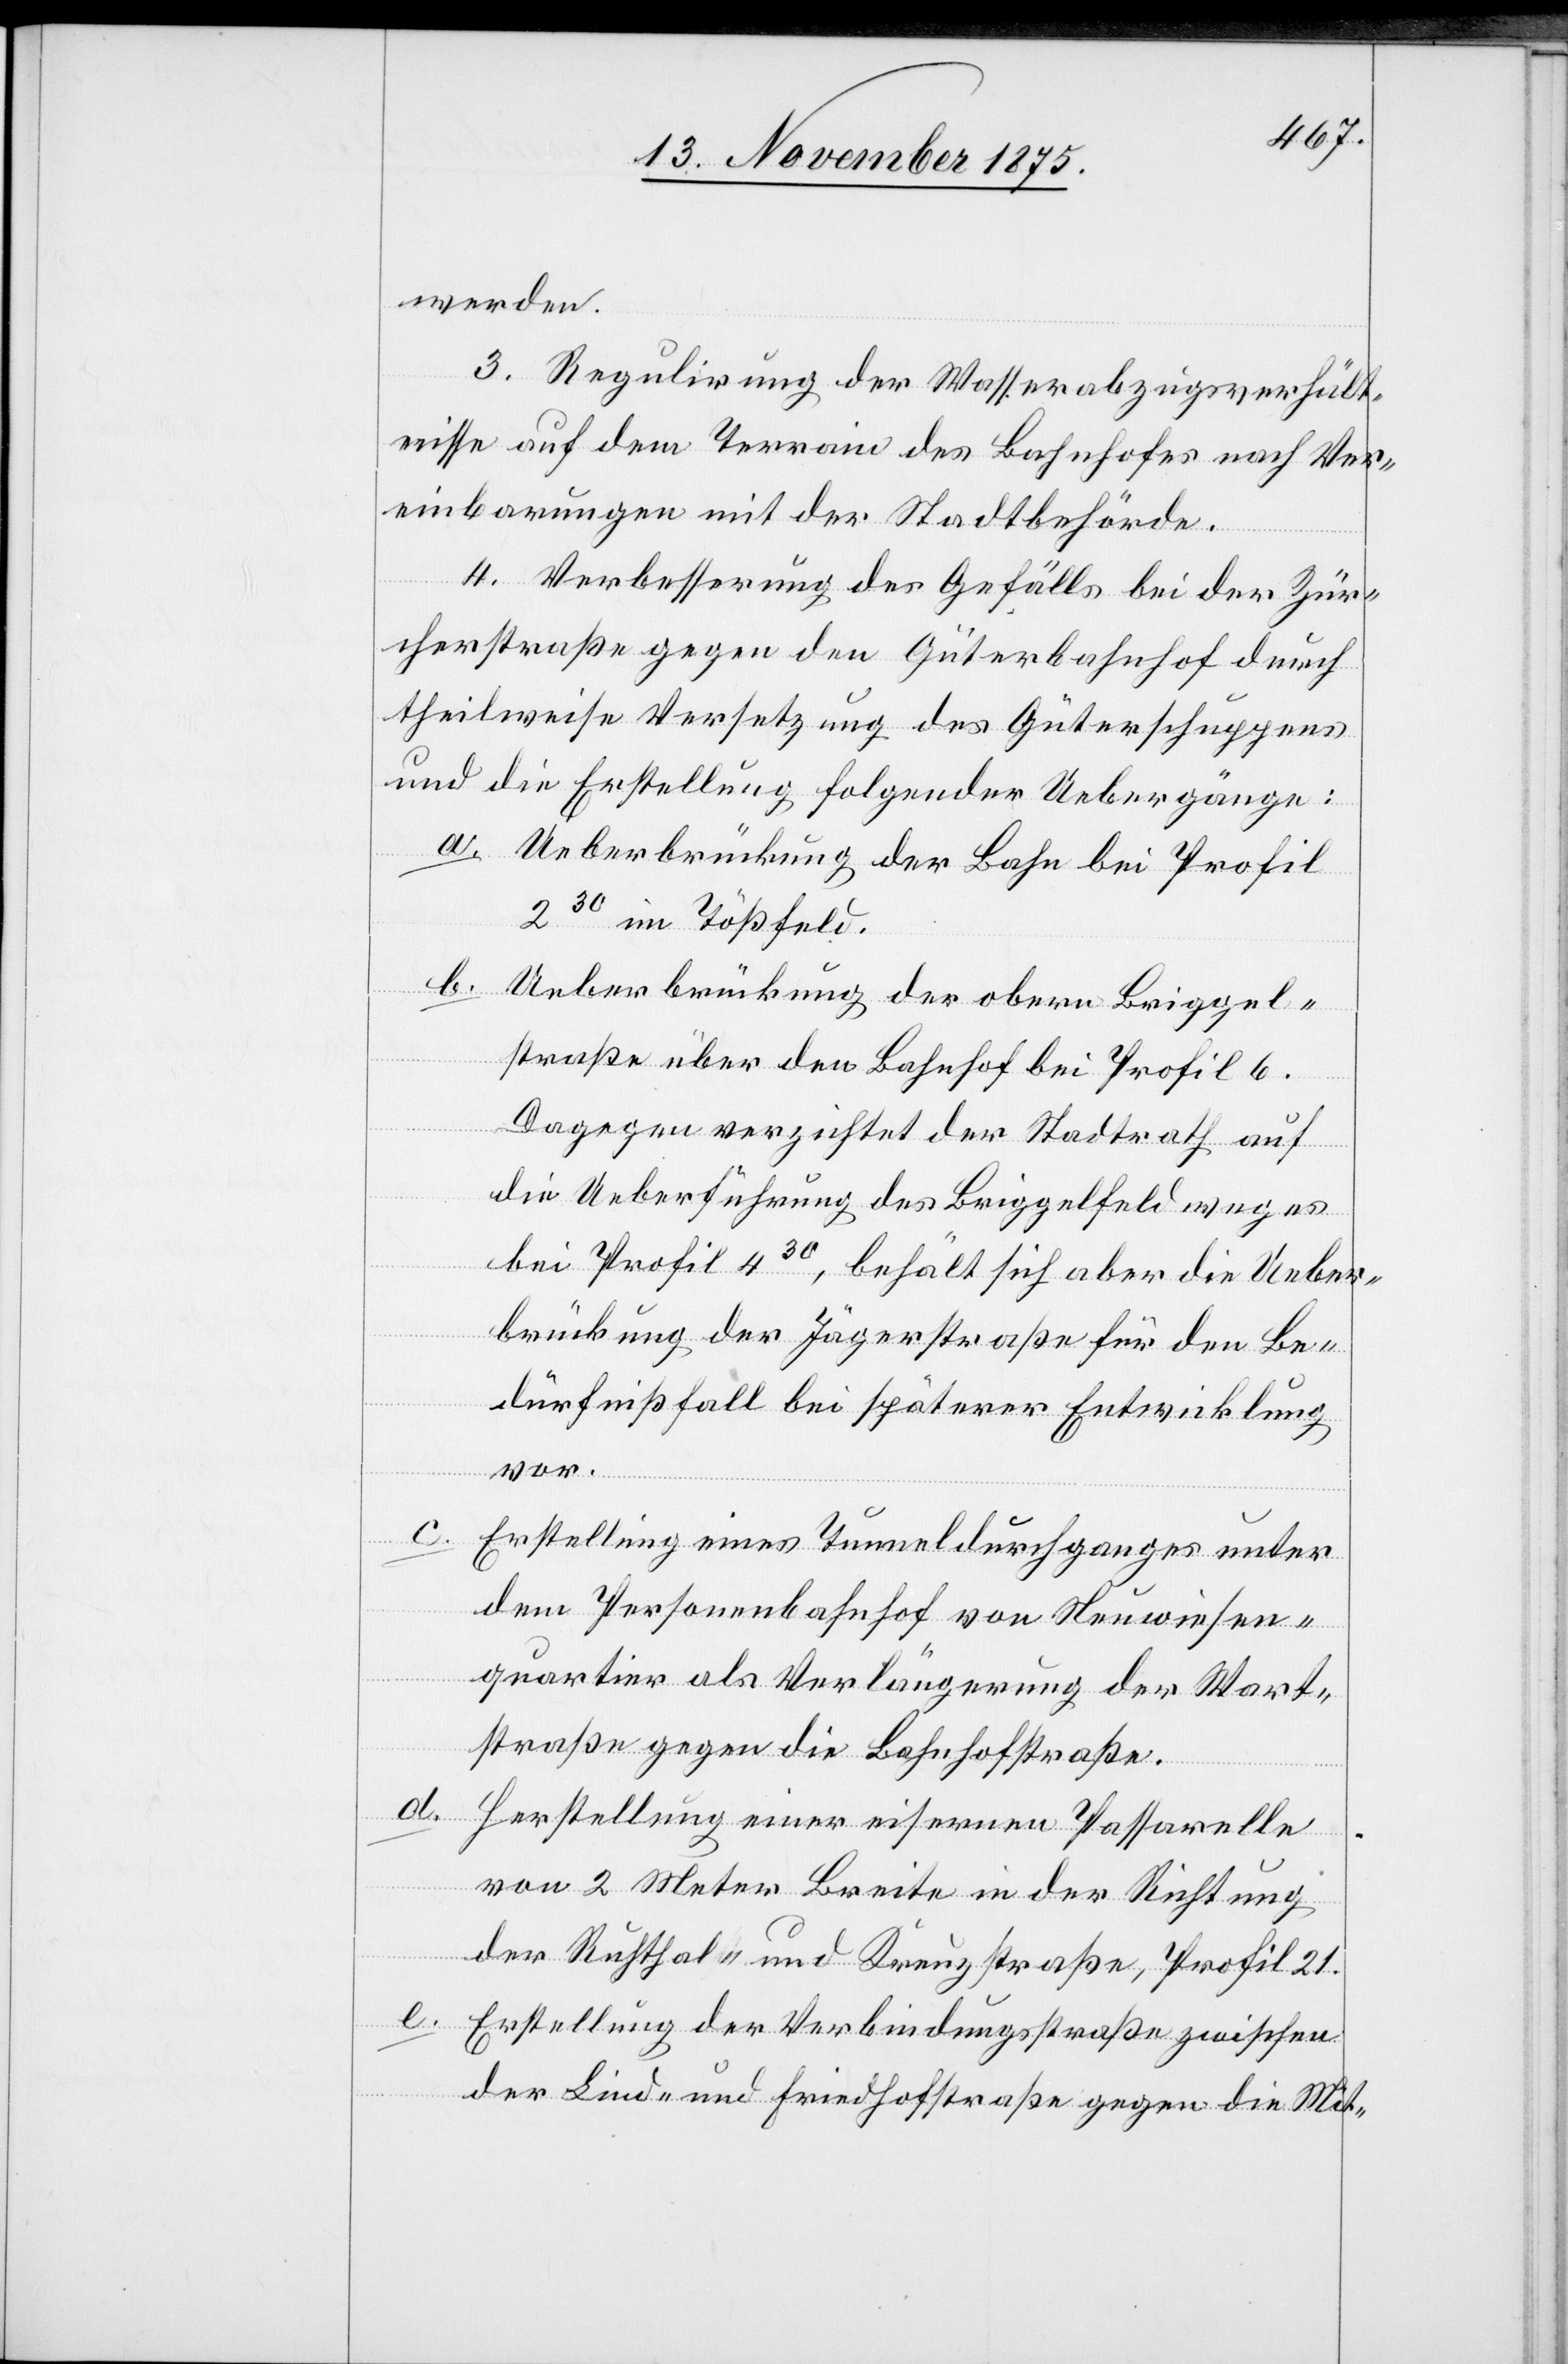
werden.
3. Regulirung der Wasserabzugsverhält¬
nisse auf dem Terrain des Bahnhofes nach Ver¬
einbarungen mit der Stadtbehörde.
4. Verbesserung des Gefälls bei der Zür¬
cherstraße gegen den Güterbahnhof durch
theilweise Versetzung des Güterschuppens
und die Erstellung folgender Uebergänge:
a. Ueberbrückung der Bahn bei Profil
230 im Tößfeld.
b. Ueberbrückung der obern Briggel¬
straße über den Bahnhof bei Profil 6.
Dagegen verzichtet der Stadtrath auf
die Ueberführung des Briggelfeldweges
bei Profil 430, behält sich aber die Ueber¬
brückung der Jägerstraße für den Be¬
dürfnißfall bei späterer Entwicklung
vor.
c.
Erstellung eines Tunneldurchganges unter
dem Personenbahnhof vom Neuwiesen¬
quartier als Verlängerung der Wart¬
straße gegen die Bahnhofstraße.
d.
Herstellung einer eisernen Passarelle
von 2 Meter Breite in der Richtung
der Ruhthal- und Kreuzstraße, Profil 21.
e. Erstellung der Verbindungsstraße zwischen
der Lind- und Friedhofstraße gegen die Mit-